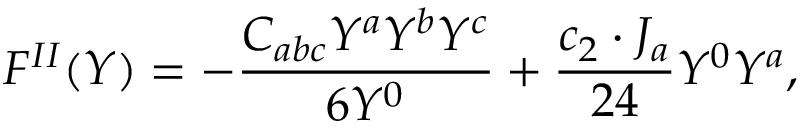
F ^ { I I } ( Y ) = - { \frac { C _ { a b c } Y ^ { a } Y ^ { b } Y ^ { c } } { 6 Y ^ { 0 } } } + { \frac { c _ { 2 } \cdot J _ { a } } { 2 4 } } Y ^ { 0 } Y ^ { a } ,